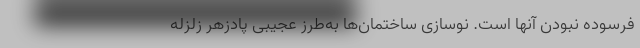
فرسوده نبودن آنها است. نوسازی ساختمان‌ها به‌طرز عجیبی پادزهر زلزله